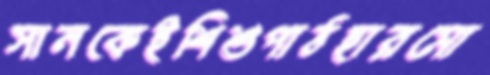
সানকেইশিশুপাঠহারমো